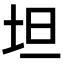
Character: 坦